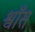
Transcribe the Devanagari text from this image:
श्वाँस